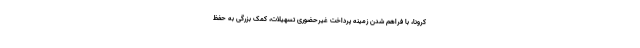
کرونا، با فراهم شدن زمینه پرداخت غیرحضوری تسهیلات، کمک بزرگی به حفظ